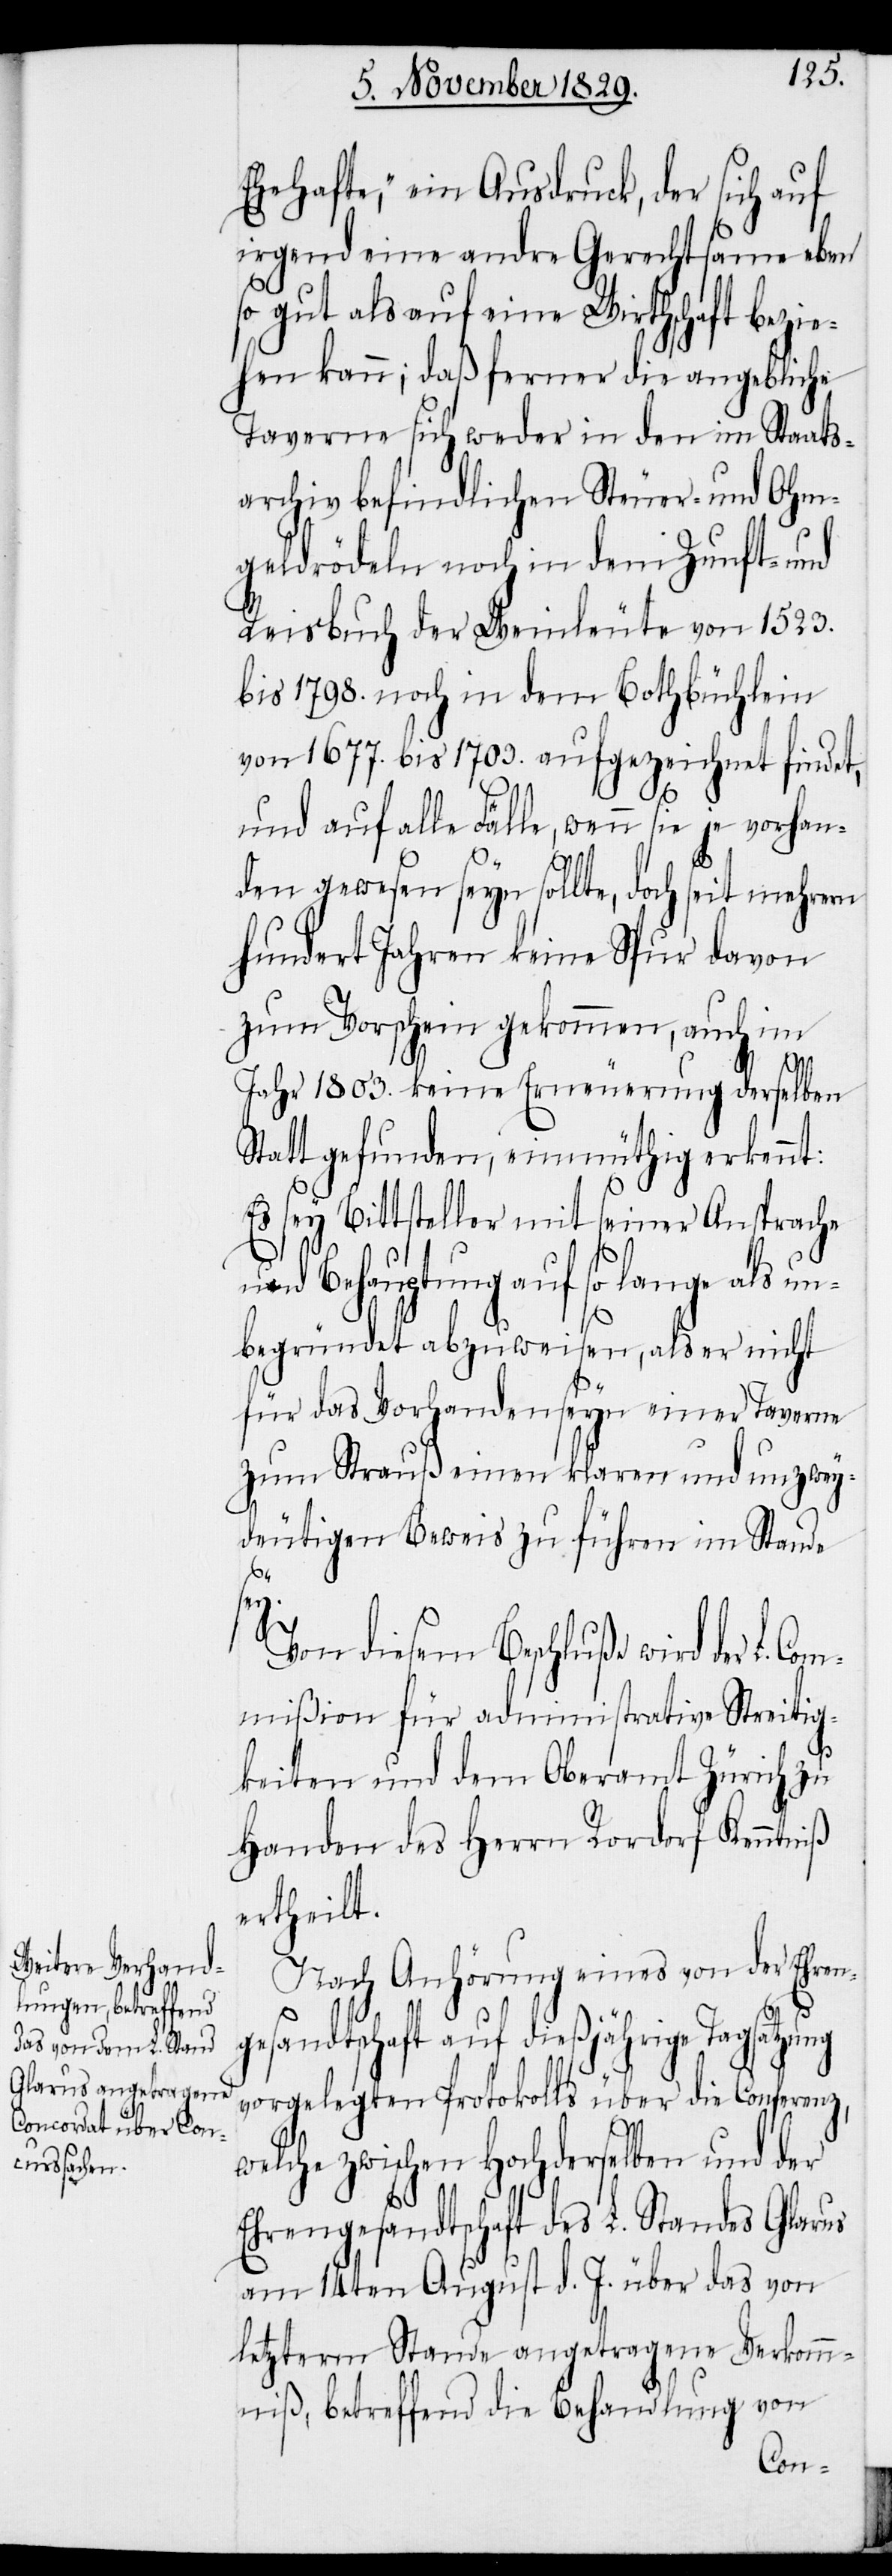
Ehehafte,“ ein Ausdruck, der sich auf
irgend eine andre Gerechtsame eben
so gut als auf eine Wirthschaft bezie¬
hen kann; daß ferner die angebliche
Taverne sich weder in den im Staats¬
archiv befindlichen Steuer- und Ohm¬
geldrödeln noch in dem Zunft- und
Reisbuch der Weinleute von 1523.
bis 1798. noch in dem Bothbüchlein
von 1677. bis 1709. aufgezeichnet findet,
und auf alle Fälle, wenn sie je vorhan¬
den gewesen seyn sollte, doch seit mehrern
hundert Jahren keine Spur davon
zum Vorschein gekommen, auch im
Jahr 1803. keine Erneuerung derselben
Statt gefunden, einmüthig erkennt:
Es sey Bittsteller mit seiner Ansprache
und Behauptung auf so lange als un¬
begründet abzuweisen, als er nicht
für das Vorhandenseyn einer Taverne
zum Strauß einen klaren und unzwey¬
deutigen Beweis zu führen im Stande
sey.
Von diesem Beschluße wird der L. Co¬
mmißion für administrative Streitig¬
keiten und dem Oberamt Zürich zu
Handen des Herrn Rordorf Kenntniß
ertheilt.
Nach Anhörung eines von der Ehren¬
gesandtschaft auf dießjährige Tagsatzung
vorgelegten Protokolls über die Conferenz,
welche zwischen Hochderselben und der
Ehrengesandtschaft des L. Standes Glarus
am 14ten August d. J. über das von
letzterm Stande angetragene Verkomm¬
niß, betreffend die Behandlung von